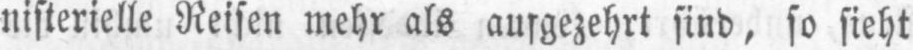
sind, so sieht